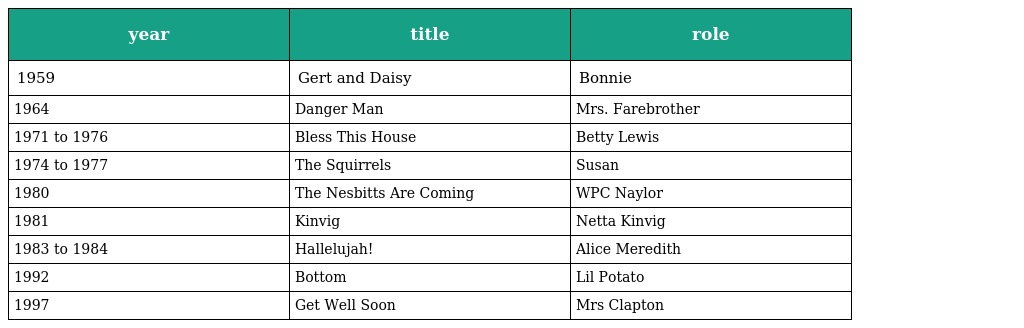
| year | title | role |
 | --- | --- | --- |
 | 1959 | Gert and Daisy | Bonnie |
 | 1964 | Danger Man | Mrs. Farebrother |
 | 1971 to 1976 | Bless This House | Betty Lewis |
 | 1974 to 1977 | The Squirrels | Susan |
 | 1980 | The Nesbitts Are Coming | WPC Naylor |
 | 1981 | Kinvig | Netta Kinvig |
 | 1983 to 1984 | Hallelujah! | Alice Meredith |
 | 1992 | Bottom | Lil Potato |
 | 1997 | Get Well Soon | Mrs Clapton |